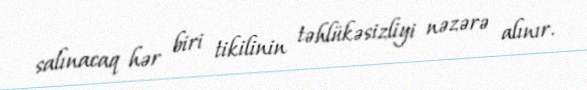
salınacaq hər biri tikilinin təhlükəsizliyi nəzərə alınır.